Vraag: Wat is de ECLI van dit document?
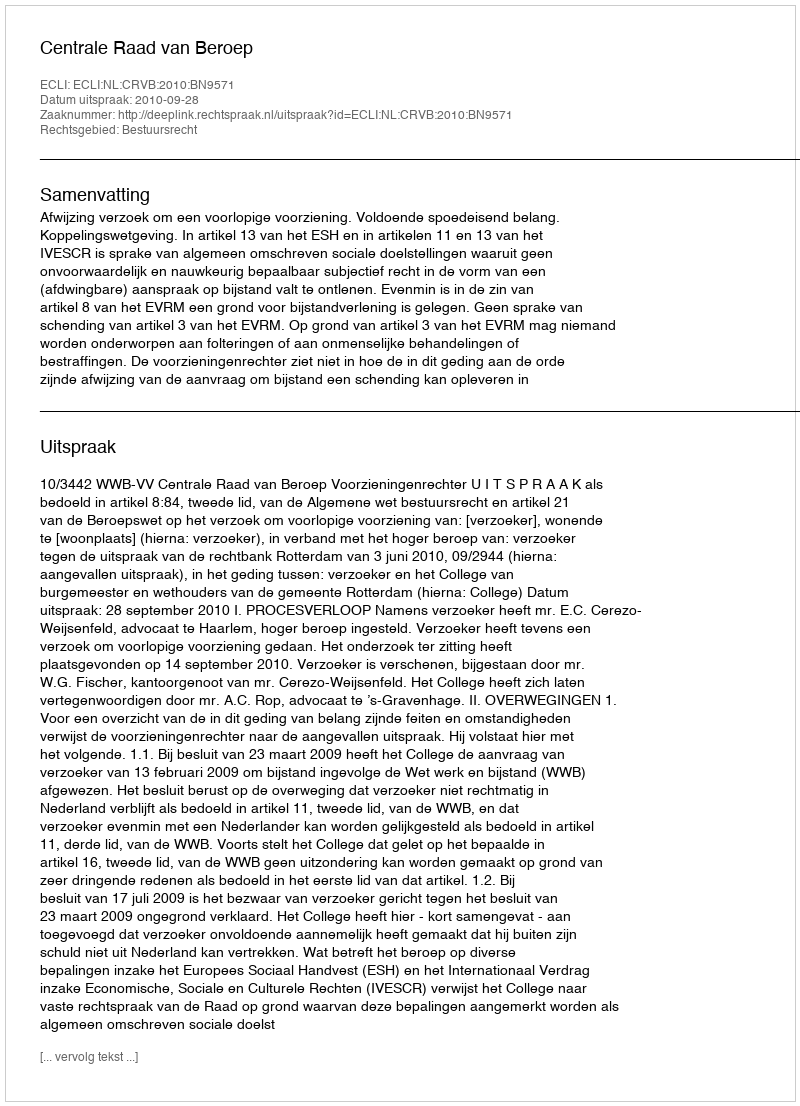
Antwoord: ECLI:NL:CRVB:2010:BN9571